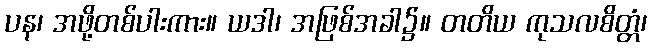
ပန၊ အဖို့တစ်ပါးကား။ ယဒါ၊ အဖြစ်အခါ၌။ တတိယ ကုသလစိတ္တံ၊